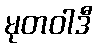
မုတဝါဒီ